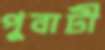
পুবাটী